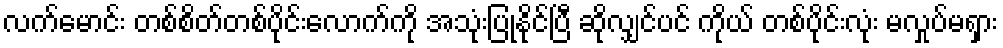
လက်မောင်း တစ်စိတ်တစ်ပိုင်းလောက်ကို အသုံးပြုနိုင်ပြီ ဆိုလျှင်ပင် ကိုယ် တစ်ပိုင်းလုံး မလှုပ်မရှား